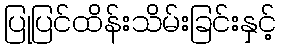
ပြုပြင်ထိန်းသိမ်းခြင်းနှင့်